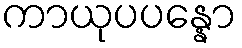
ကာယုပပန္နော